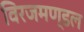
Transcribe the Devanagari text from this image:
विरजमण्डल